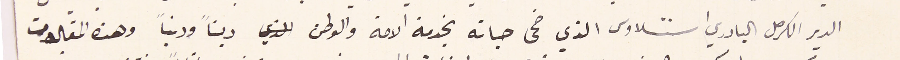
الدير الكرمل البادري استنسلاوس الذي ضحى حياته بخدمة الامة والوطن  ديناً ودنياً وهذه المقالات